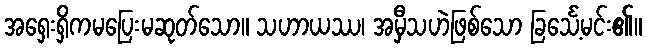
အရှေးရှိကမပြေးမဆုတ်သော။ သဟာယဿ၊ အမှီသဟဲဖြစ်သော ခြင်္သေ့မင်း၏။